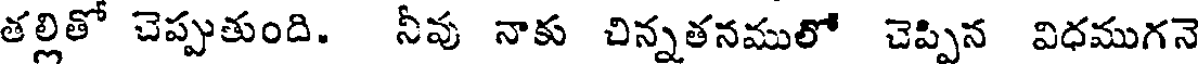
తల్లితో చెప్పుతుంది. నీవు నాకు చిన్నతనములో చెప్పిన విధముగనె